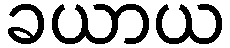
ခယာယ